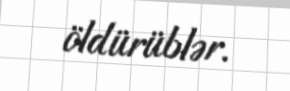
öldürüblər.